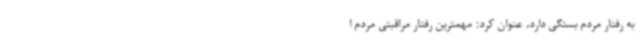
به رفتار مردم بستگی دارد، عنوان کرد: مهمترین رفتار مراقبتی مردم ا